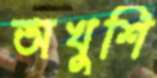
অখুশি